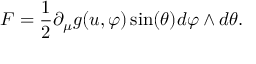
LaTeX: F = \frac { 1 } { 2 } \partial _ { \mu } g ( u , \varphi ) \sin ( \theta ) d \varphi \wedge d \theta .